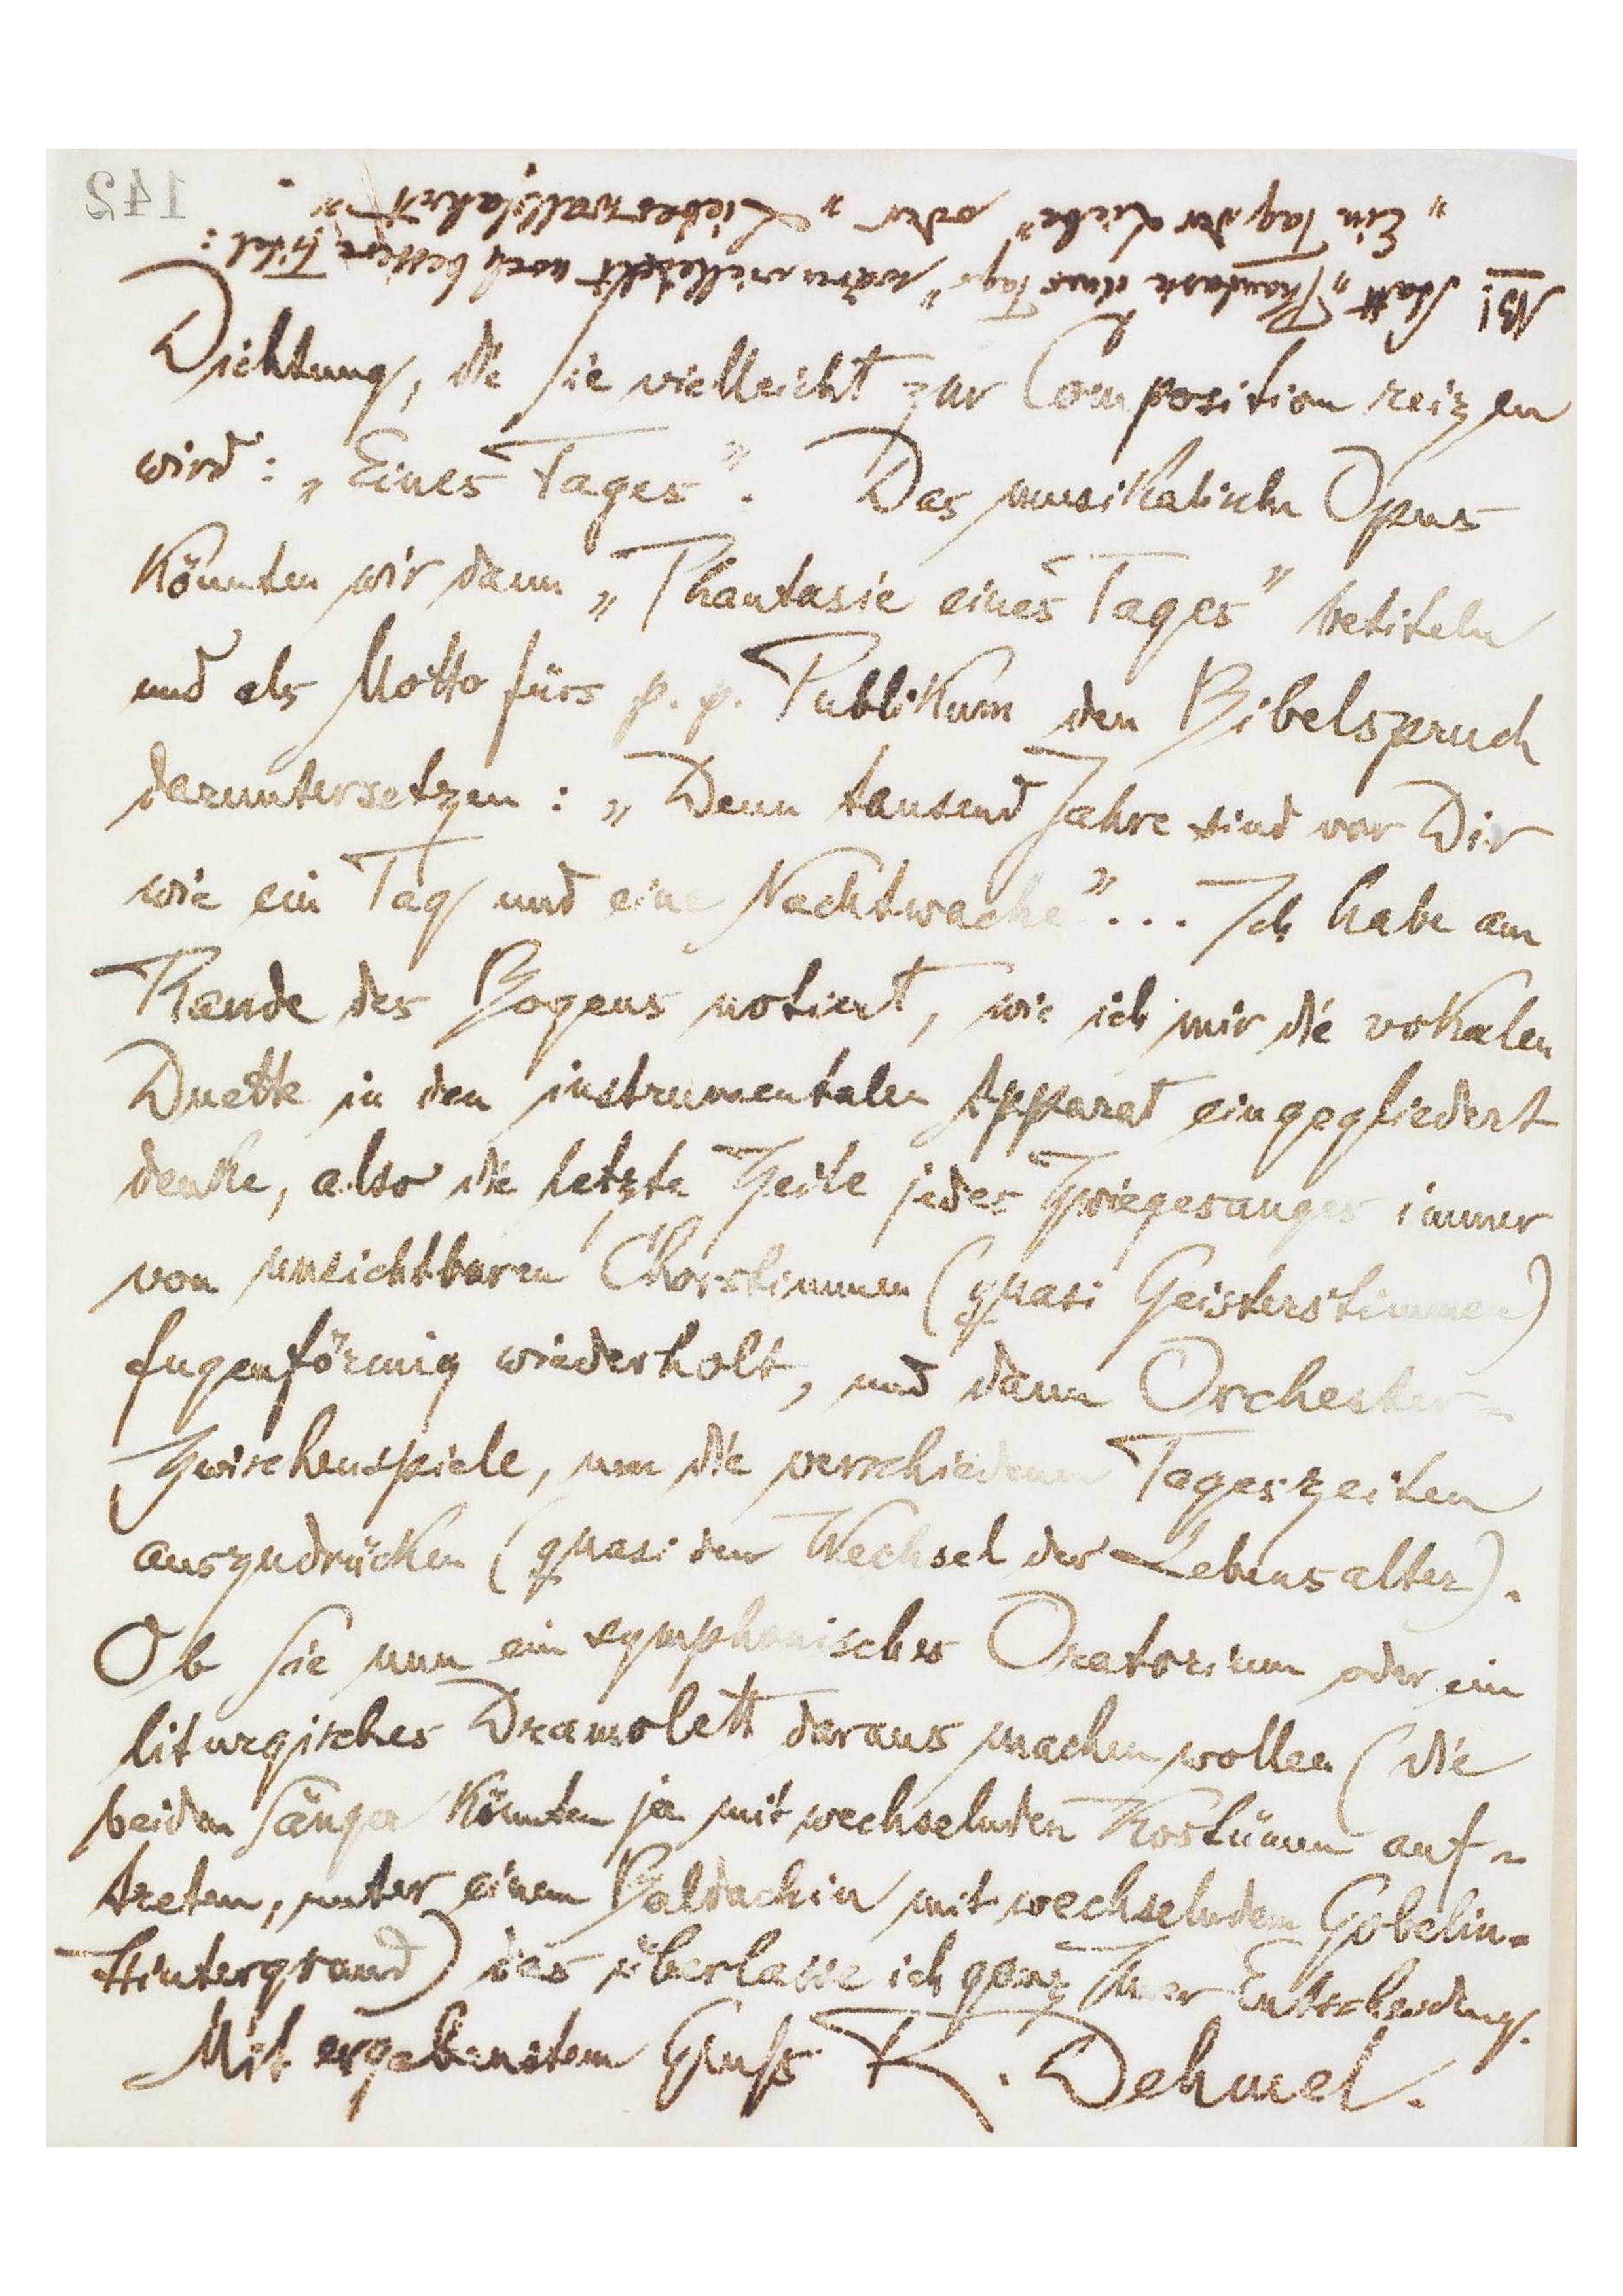
142
NB! Statt „Phantasie des Tags‟ wären vielleicht noch bessere Titel:
„Ein Tag der Liebe‟ oder „Lieberwallkeit‟
Dichtung, die Sie vielleicht zur Composition reizen
wird „Eines Tages‟. Das musikalische Opus
könnten wir dann „Phantasie eines Tages‟ betiteln
und als Motto fürs p.p Publikum den Bibelspruch
daruntersetzen: „Denn tausend Jahre sind vor Dir
wie ein Tag und eine Nachtwache‟... Ich habe am
Rande des Bogens notiert, wie ich mir die vokalen
Duette in den instrumentalen Apparat eingegliedert
denke, aber die letzte Zeile jeder immer
von unsichtbaren Chorstimmen (quasi Geisterstimmen)
fugenförmig wiederholt, und dann Orchester
Zwischenspiele, was die verschiedenen Tageszeiten
auszudrücken (quasi den Wechsel der Lebensalter).
Ob Sie nun ein sympathischer Oratorium oder ein
liturgischer Dramobett daraus machen wollen (
beiden Sängern könnten ja mit wechselbaren Korl auf-
treten, unter einem Badachin mit wechselnden Gobelin‗
Hintergrund) des überlaue ich ging Ihrer Entscheidung.
Mit ergebenstem Gruß R. Dehmel